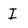
Character: I